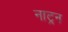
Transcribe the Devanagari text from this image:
नाट्रन